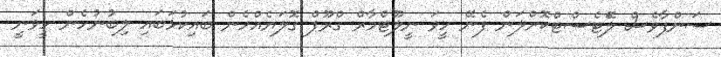
ސަންފާވެސް ލޭަޓެސްޓްކޮށްލަން ފެނޭ ހީވަ ނީލޫޓްމާރް ގްރޫޕް ގޮލަޔެއްހެން ބައިކުޅަބައި ލިބުނުހެން ހީވަނީ